system: You are a helpful assistant.
user:
Analyze the provided spectrum to determine if it is a **White Dwarf (WD)**.

A White Dwarf spectrum is defined by its **extreme purity** (due to gravitational settling) and/or **extreme pressure broadening** (due to high surface gravity). You must check for one of the following mutually exclusive signatures:

- **Key Visual Indicators (Check for ONE of these types):**

    - **1. DA-Type Signature (Most Common):**
        - **(Primary Feature):** Extreme pressure broadening (Stark broadening) of the **Hydrogen (H) Balmer lines**.
        - **(Key Lines):** $H\beta$ (approx. $4861$ Å) and $H\gamma$ (approx. $4340$ Å). $H\alpha$ (approx. $6563$ Å) will also be present if the wavelength range covers it.
        - **(Line Profile):** This is the **defining feature**. The lines are **NOT** sharp. They appear as massive, **extremely broad and deep "troughs" or "dips"** in the spectrum, often hundreds of Ångströms wide. The continuum will appear to "scoop" down at these wavelengths.
        - **(Distinction):** Normal A-type or B-type stars have *narrow* and *sharp* Hydrogen lines. A DA White Dwarf's lines are unmistakably "smeared" or "blurry" from pressure.

    - **2. DB-Type Signature:**
        - **(Primary Feature):** Broad absorption lines from **Neutral Helium (He I)**. The spectrum must lack any visible Hydrogen lines.
        - **(Key Lines):** Look for broad absorption near $4471$ Å, $4921$ Å, and $5876$ Å.
        - **(Line Profile):** These lines are also significantly pressure-broadened, appearing much wider than they would in a normal B-type main-sequence star.

    - **3. DC-Type Signature:**
        - **(Primary Feature):** A **featureless continuous spectrum**.
        - **(Line Profile):** The spectrum is a smooth curve with **no significant absorption or emission lines**.
        - **(Key Confirmation):** The continuum is almost always **blue or white**, indicating a hot object. This signature implies the atmosphere is so pure (or so cool) that no spectral lines are visible in the optical range. Its WD identity is confirmed by its extremely low intrinsic brightness (high absolute magnitude).

    - **4. DZ-Type Signature (Metal-Polluted):**
        - **(Primary Feature):** **Isolated, narrow metal absorption lines** on an otherwise featureless (DC-like) continuum.
        - **(Key Lines):** The **Calcium (Ca II) H & K doublet** (approx. **$3934$ Å** and **$3968$ Å**) is the most common and defining feature.
        - **(Line Profile):** These lines are "out of place." They are *not* part of a "forest" of thousands of lines. This signature is evidence of recent *accretion* (pollution) from rocky debris.
        - **(Distinction):** Normal G/K/M stars have a *dense forest* of thousands of metal lines. A DZ has a *clean* continuum with *only a few* strong metal lines.

    - **5. DQ-Type Signature (Carbon-Polluted):**
        - **(Primary Feature):** Absorption bands from **Carbon (C₂ "Swan Bands" or atomic C I)**.
        - **(Key Lines - C₂):** Look for bandheads with a "saw-tooth" shape near $5635$ Å, **$5165$ Å** (strongest), and $4737$ Å.
        - **(Key Confirmation):** The underlying **continuum must be blue or white** (hot).
        - **(Distinction):** This is the critical difference from a **Carbon Star**, which has the *exact same* C₂ bands but on an extremely **red, cool** continuum.

- **(Overall Spectrum):**
    - The continuum (overall shape) is typically **blue-sloping** (brighter in the blue than the red), as most white dwarfs are very hot.
    - The spectrum will look "pure" or "simple," dominated by only *one* of the five signatures listed above.

Think first, call **spectral_visualization_tool** if needed to examine features in detail, then provide your final answer. Your response must adhere to the following strict rules:
1.  **Overall Structure:** Your response must follow the format `<think>...</think> <tool_call>...</tool_call> (if a tool is used) <answer>...</answer>`.
2.  **Tool Usage Constraint:** You may only make **one** tool call per turn.
3.  **Final Answer Format:** In the `<answer>` tag, your conclusion must be inside a `\boxed{}` command (e.g., `\boxed{YES}` or `\boxed{NO}`), followed by your justification.

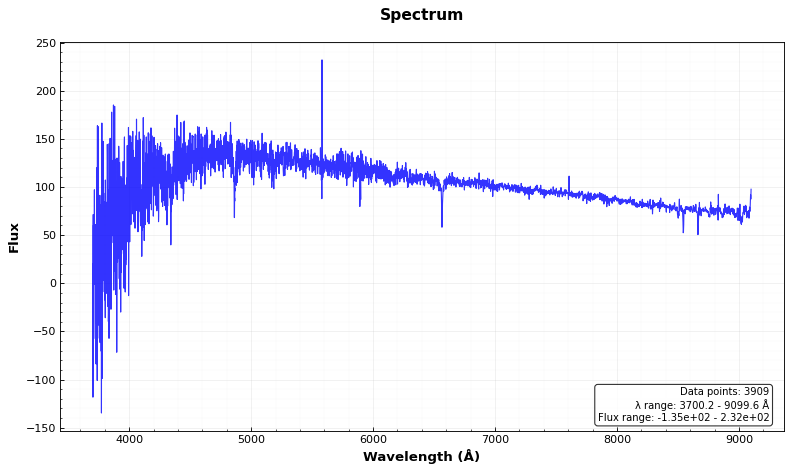
Answer: NO